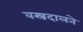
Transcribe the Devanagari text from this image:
वस्त्रदालने